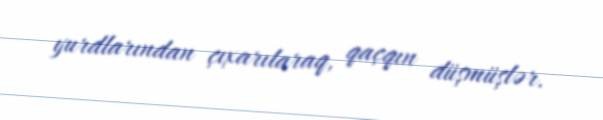
yurdlarından çıxarılaraq, qaçqın düşmüşlər.